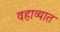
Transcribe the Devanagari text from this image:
वहाव्यात